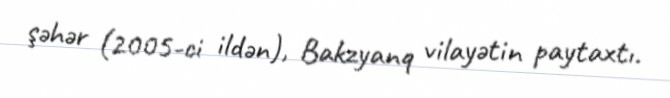
şəhər (2005-ci ildən), Bakzyanq vilayətin paytaxtı.